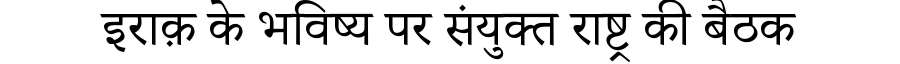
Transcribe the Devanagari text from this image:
इराक़ के भविष्य पर संयुक्त राष्ट्र की बैठक